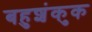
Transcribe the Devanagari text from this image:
बहुशंकुक